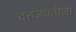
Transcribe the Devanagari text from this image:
दत्तजयंतीला